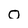
Character: O